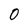
Character: 0